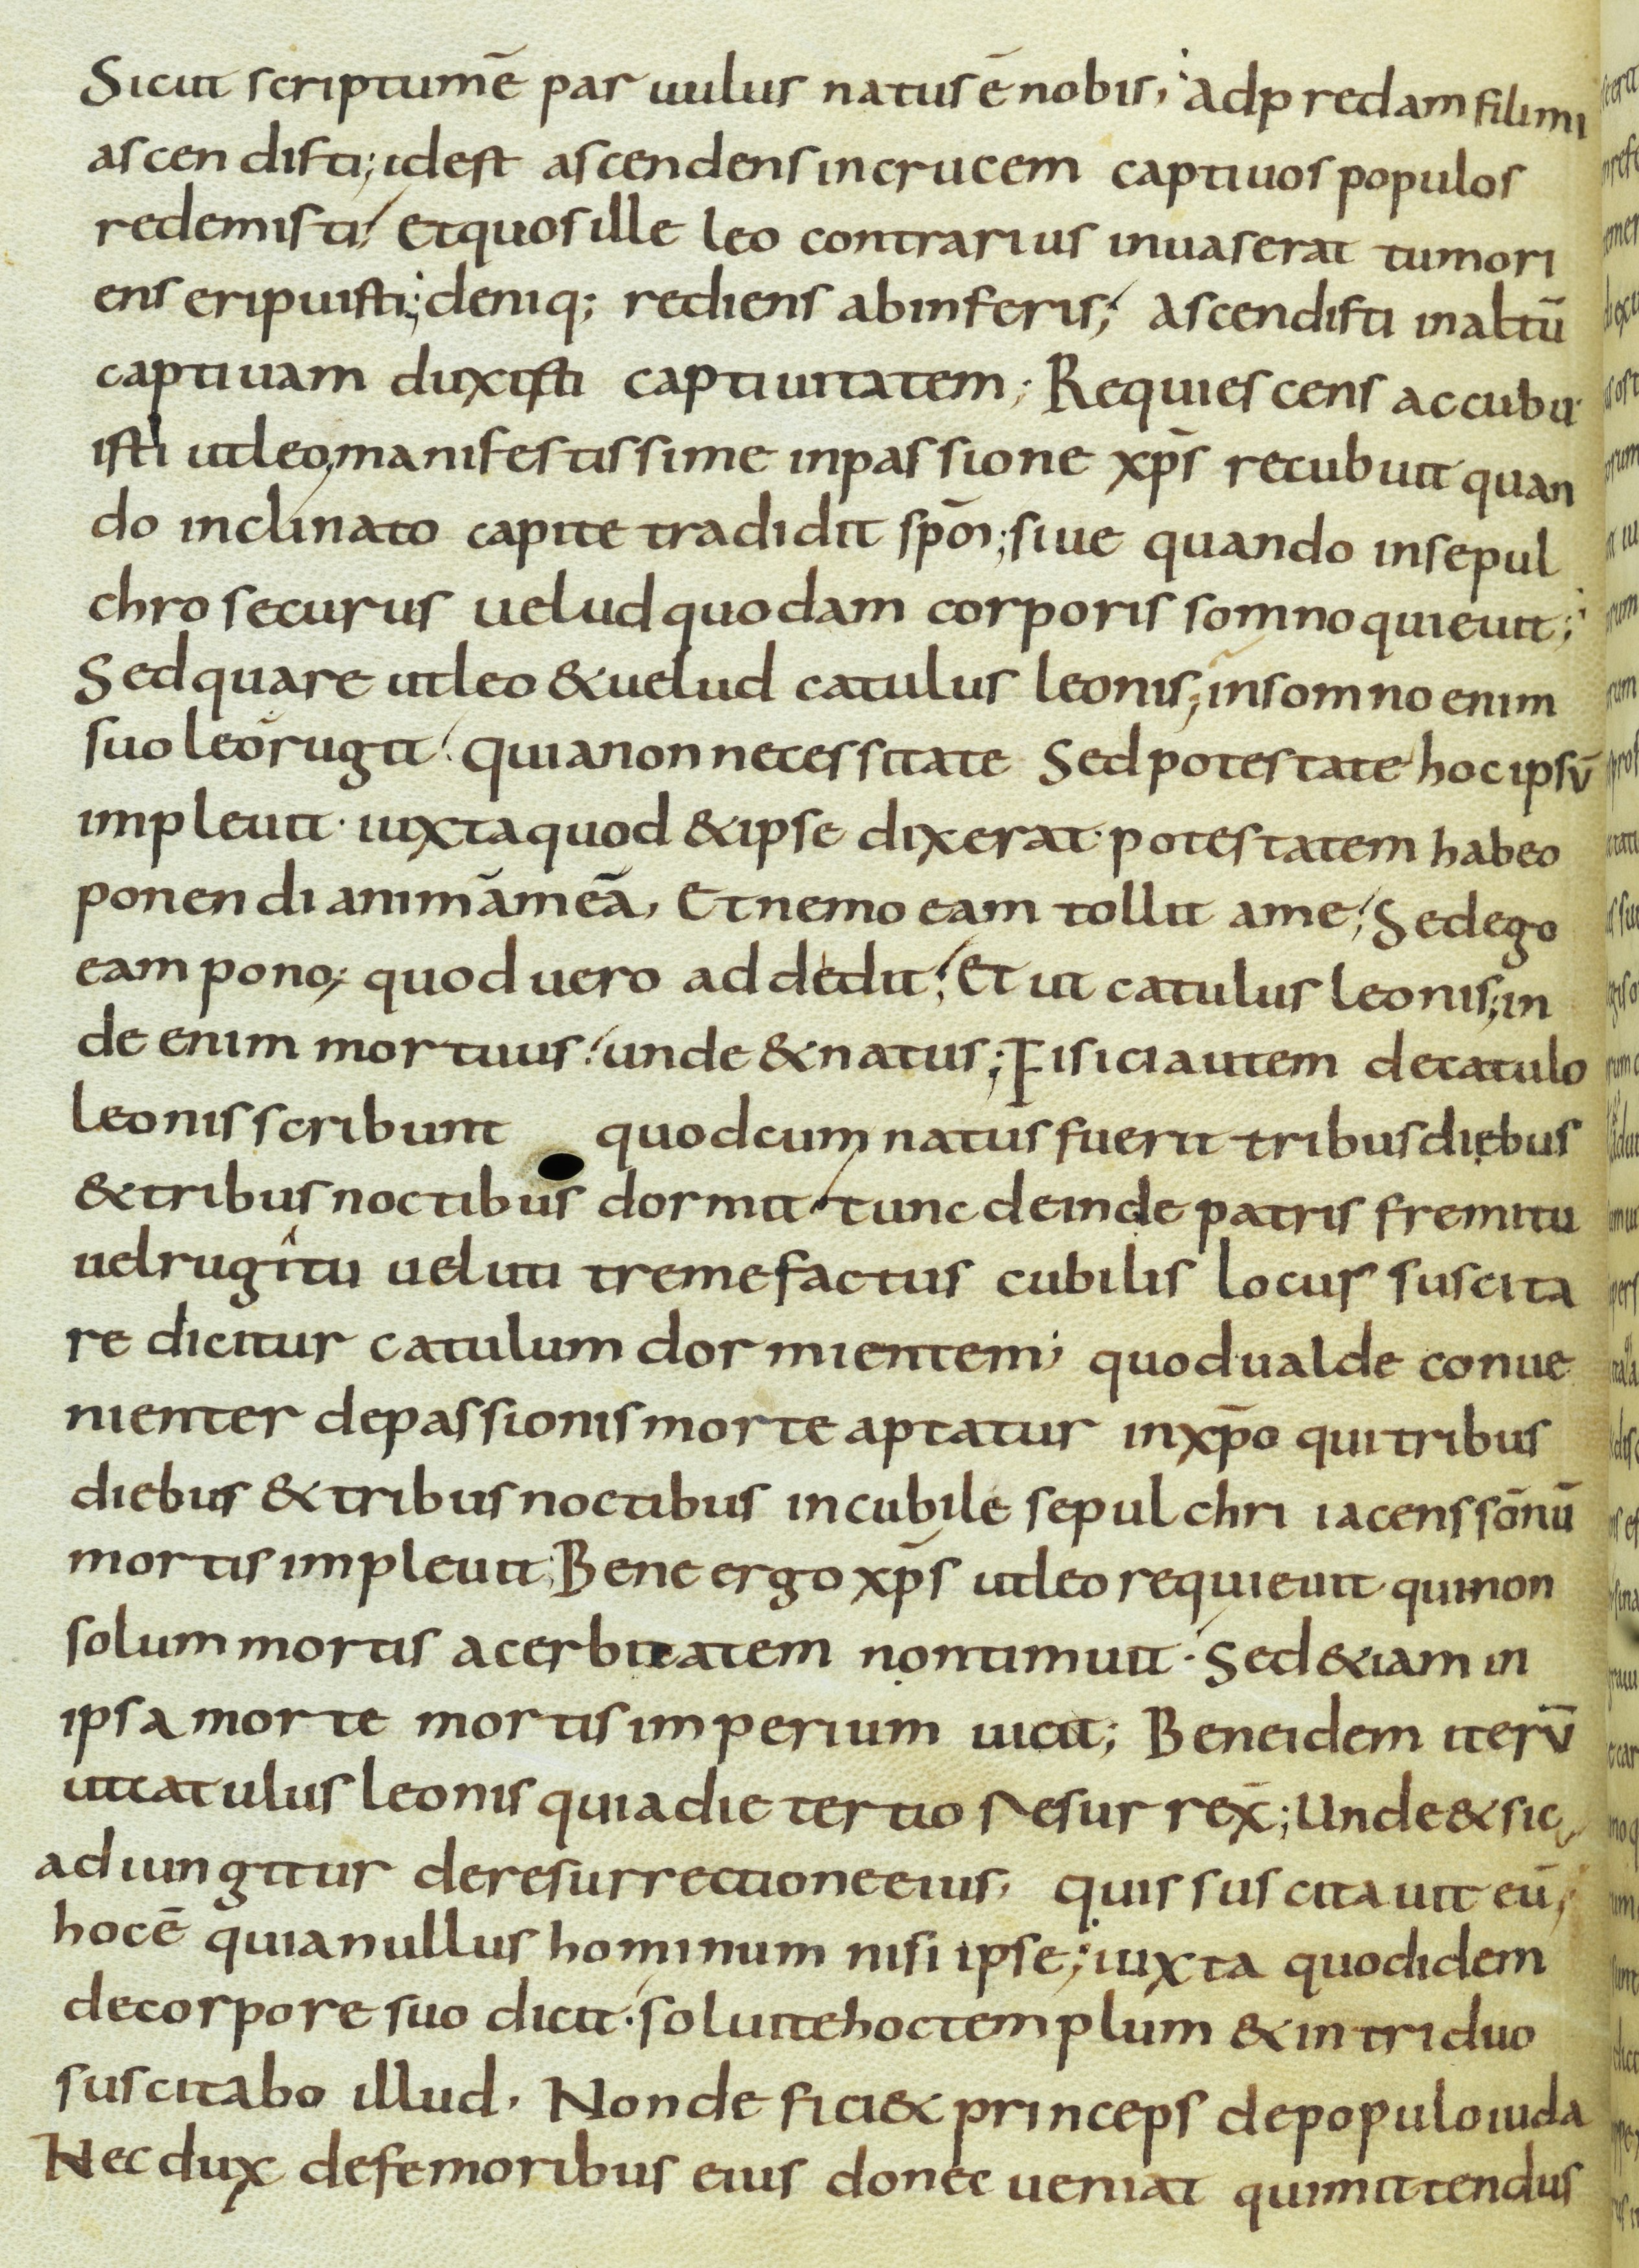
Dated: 800–899